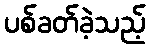
ပစ်ခတ်ခဲ့သည့်